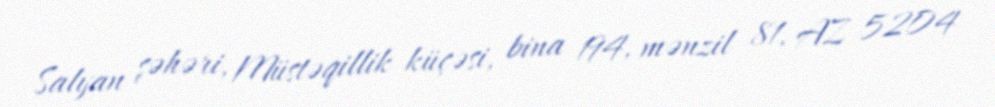
Salyan şəhəri, Müstəqillik küçəsi, bina 194, mənzil 81, AZ 5204